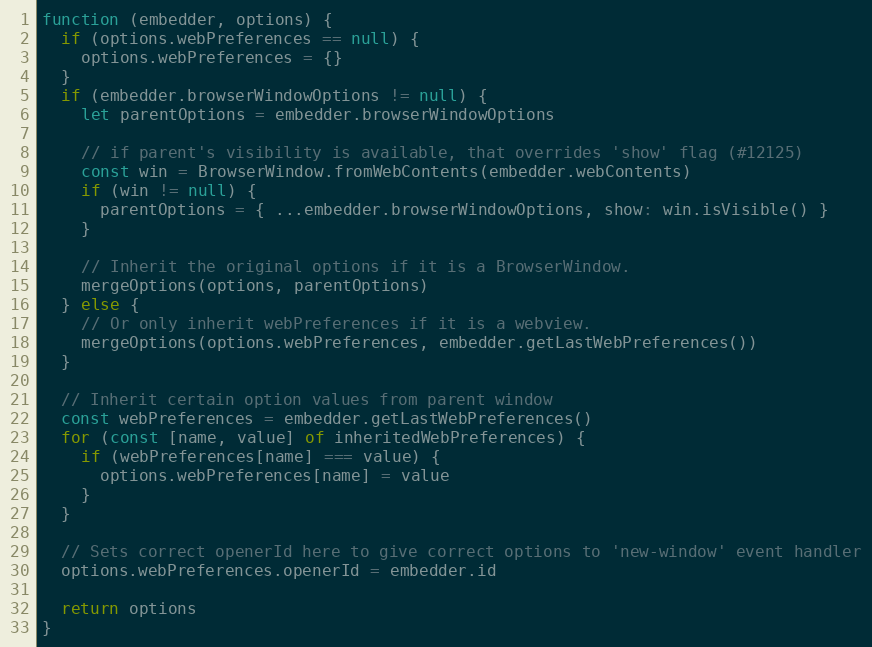
Language: JavaScript
function (embedder, options) {
  if (options.webPreferences == null) {
    options.webPreferences = {}
  }
  if (embedder.browserWindowOptions != null) {
    let parentOptions = embedder.browserWindowOptions

    // if parent's visibility is available, that overrides 'show' flag (#12125)
    const win = BrowserWindow.fromWebContents(embedder.webContents)
    if (win != null) {
      parentOptions = { ...embedder.browserWindowOptions, show: win.isVisible() }
    }

    // Inherit the original options if it is a BrowserWindow.
    mergeOptions(options, parentOptions)
  } else {
    // Or only inherit webPreferences if it is a webview.
    mergeOptions(options.webPreferences, embedder.getLastWebPreferences())
  }

  // Inherit certain option values from parent window
  const webPreferences = embedder.getLastWebPreferences()
  for (const [name, value] of inheritedWebPreferences) {
    if (webPreferences[name] === value) {
      options.webPreferences[name] = value
    }
  }

  // Sets correct openerId here to give correct options to 'new-window' event handler
  options.webPreferences.openerId = embedder.id

  return options
}